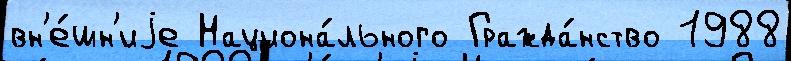
вн'е́шн'иjе Национа́льного Гражда́нство 1988